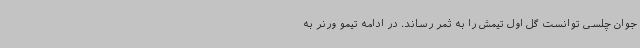
جوان چلسی توانست گل اول تیمش را به ثمر رساند. در ادامه تیمو ورنر به